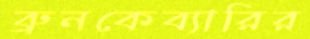
ব্রুনকেব্যারির